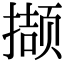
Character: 撷